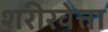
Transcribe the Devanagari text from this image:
शरीरवेत्ता